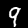
Label: 9